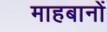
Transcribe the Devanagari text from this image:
माहबानों